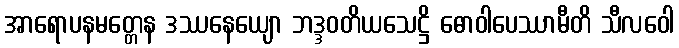
အာရောပနမတ္တေန ဒဿနေယျော ဘဒ္ဒဝတိယသေဋ္ဌိ ဓောဝါပေဿာမီတိ သီလဝေါ